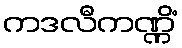
ကဒလီကဏ္ဏိံ